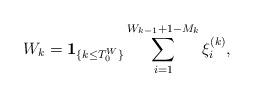
LaTeX: \begin{align*} W_k=\mathbf{1}_{\{k\leq T_0^{W}\}} \sum_{i=1}^{W_{k-1}+1-M_k}\xi_{i}^{(k)}, \end{align*}